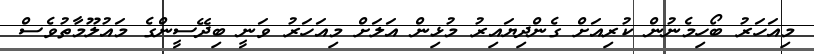
މިއަހަރު ބޯހިމެނުން ކުރިއަށް ގެންދިޔައިރު މުޅިން އަލަށް މިއަހަރު ވަނީ ބިދޭސީންގެ މައުލޫމާތުވެސް